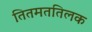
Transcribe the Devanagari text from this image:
तितमततिलक